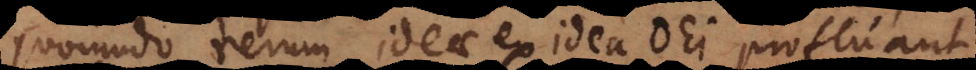
quomodo rerum ideae ex idea Dei profluant,